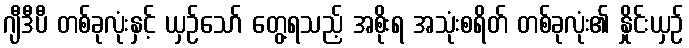
ဂျီဒီပီ တစ်ခုလုံးနှင့် ယှဉ်သော် တွေ့ရသည့် အစိုးရ အသုံးစရိတ် တစ်ခုလုံး၏ နှိုင်းယှဉ်